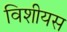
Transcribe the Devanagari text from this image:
विशीयस